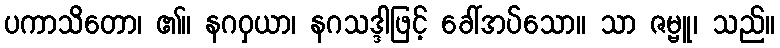
ပကာသိတော၊ ၏။ နဂဝှယာ၊ နဂသဒ္ဒါဖြင့် ခေါ်အပ်သော။ သာ ဇမ္ဗူ၊ သည်။